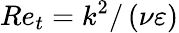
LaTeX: Re_{t}=k^{2}/\left(\nu\varepsilon\right)